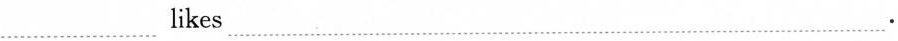
___likes___.